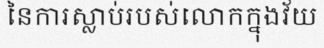
នៃការស្លាប់របស់លោកក្នុងវ័យ